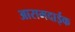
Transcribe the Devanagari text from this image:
आरामदाईक